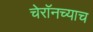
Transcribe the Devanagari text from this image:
चेरॉनच्याच